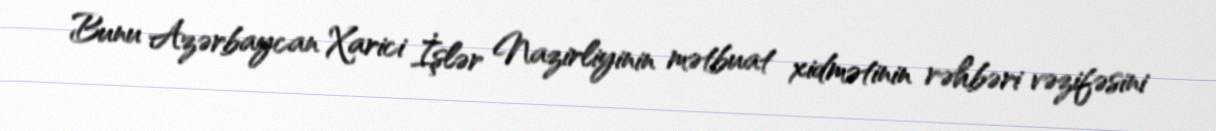
Bunu Azərbaycan Xarici İşlər Nazirliyinin mətbuat xidmətinin rəhbəri vəzifəsini